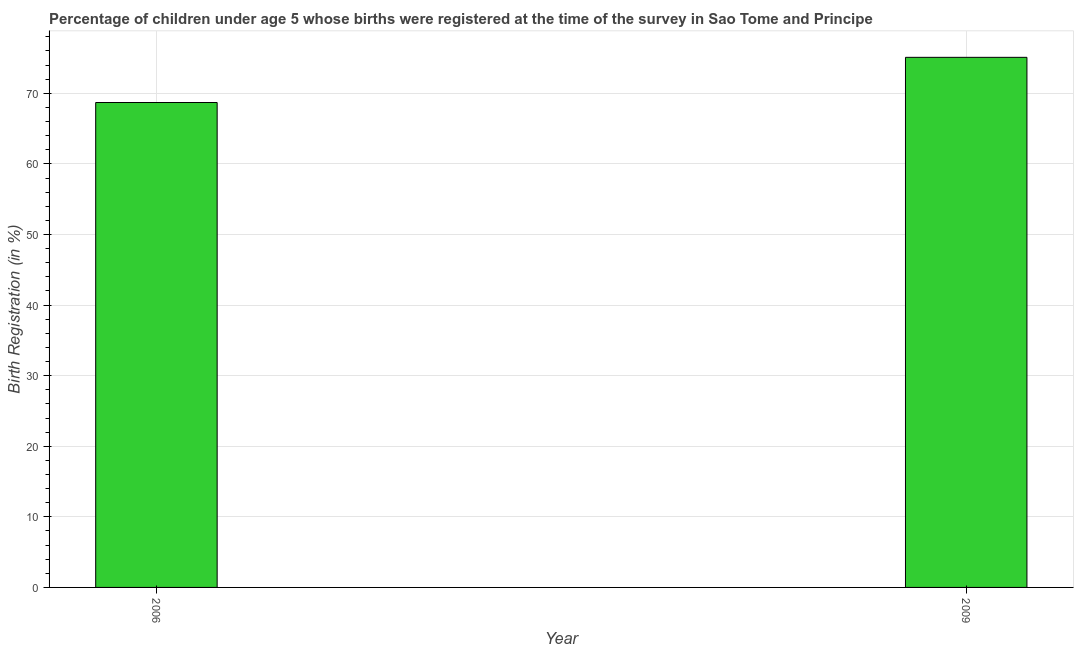
| Year | Birth registration |
 | --- | --- |
 | 2006 | 68.7 |
 | 2009 | 75.1 |